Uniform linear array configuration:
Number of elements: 64
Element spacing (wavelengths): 0.25
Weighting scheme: cosine
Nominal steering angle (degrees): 45
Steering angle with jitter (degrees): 44.138
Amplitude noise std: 0.05
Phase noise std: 0.05

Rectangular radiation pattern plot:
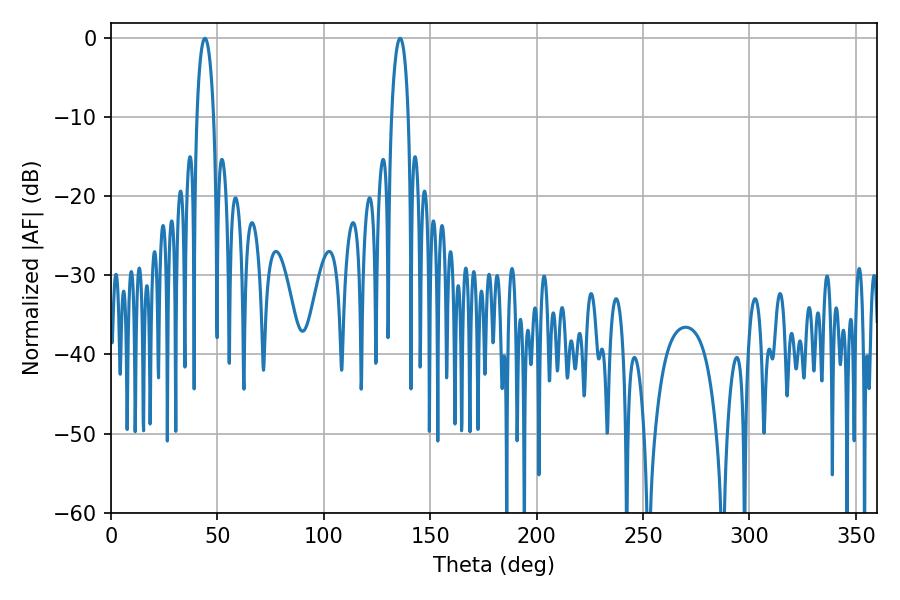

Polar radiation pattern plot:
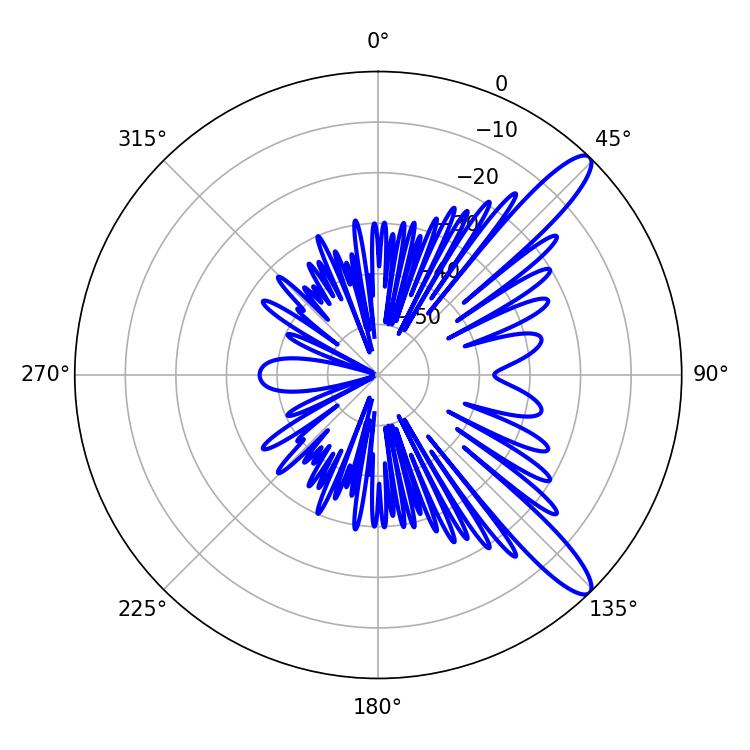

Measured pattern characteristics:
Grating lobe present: FALSE
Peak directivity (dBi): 12.141
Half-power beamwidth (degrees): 4.5
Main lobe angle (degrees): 44.1